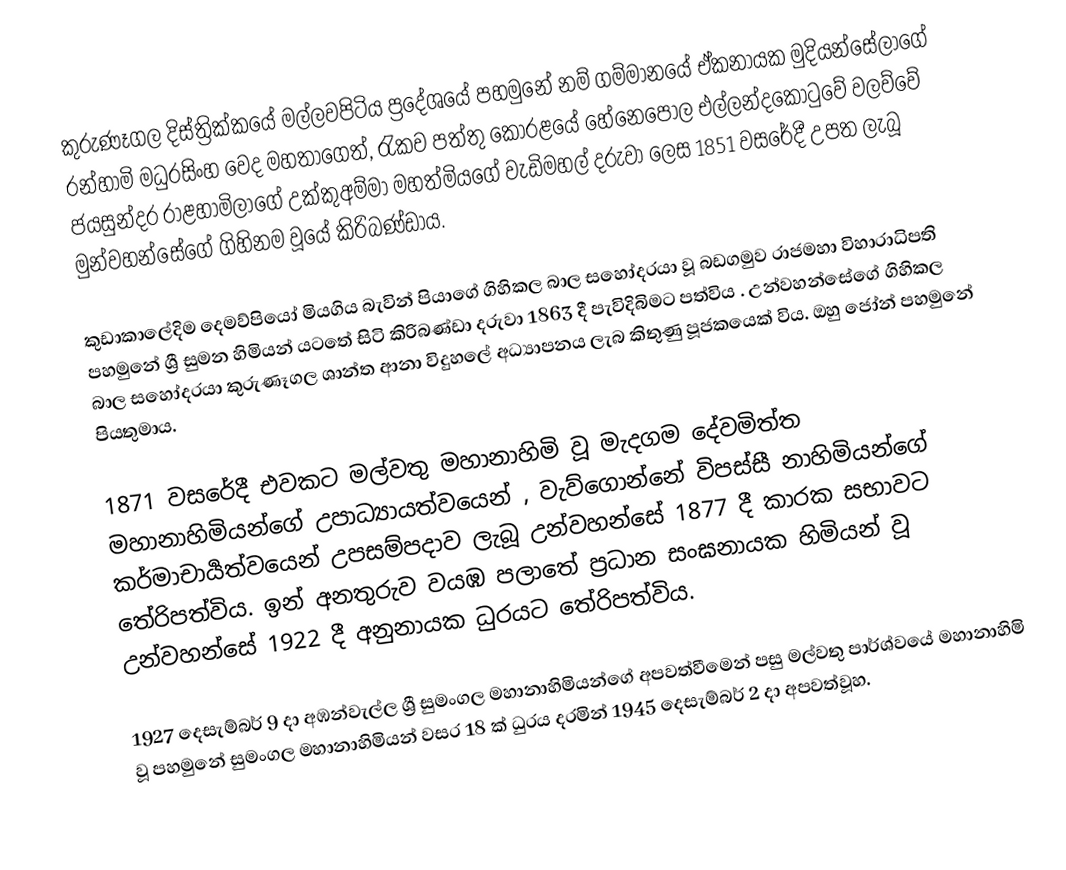
කුරුණෑගල දිස්ත්‍රික්කයේ මල්ලවපිටිය ප්‍රදේශයේ පහමුනේ නම් ගම්මානයේ ඒකනායක මුදියන්සේලාගේ රන්හාමි මධුරසිංහ වෙද මහතාගෙත්, රැකව පත්තු කෝරළයේ හේනෙපොල එල්ලන්දකොටුවේ වලව්වේ ජයසුන්දර රාළහාමිලාගේ උක්කුඅම්මා මහත්මියගේ වැඩිමහල් දරුවා ලෙස 1851 වසරේදී උපත ලැබූ මුන්වහන්සේගේ ගිහිනම වූයේ කිරිබණ්ඩාය.

කුඩාකාලේදිම දෙමව්පියෝ මියගිය බැවින් පියාගේ ගිහිකල බාල සහෝදරයා වූ බඩගමුව රාජමහා විහාරාධිපති පහමුනේ ශ්‍රී සුමන හිමියන් යටතේ සිටි කිරිබණ්ඩා දරුවා 1863 දී පැවිදිබිමට පත්විය . උන්වහන්සේගේ ගිහිකල බාල සහෝදරයා කුරුණෑගල ශාන්ත  ආනා විදුහලේ අධ්‍යාපනය ලැබ කිතුණු පූජකයෙක් විය. ඔහු ජෝන් පහමුනේ පියතුමාය.

1871 වසරේදී එවකට මල්වතු මහානාහිමි වූ මැදගම දේවමිත්ත මහානාහිමියන්ගේ උපාධ්‍යායත්වයෙන් , වැව්ගොන්නේ විපස්සී නාහිමියන්ගේ කර්මාචාර්‍යත්වයෙන් උපසම්පදාව ලැබූ උන්වහන්සේ 1877 දී කාරක සභාවට තේරිපත්විය. ඉන් අනතුරුව වයඹ පලාතේ ප්‍රධාන සංඝනායක හිමියන් වූ උන්වහන්සේ 1922 දී අනුනායක ධුරයට තේරිපත්විය.

1927 දෙසැම්බර් 9 දා අඹන්වැල්ල ශ්‍රී සුමංගල මහානාහිමියන්ගේ අපවත්වීමෙන් පසු මල්වතු පාර්ශ්වයේ මහානාහිමි වූ පහමුනේ සුමංගල මහානාහිමියන් වසර 18 ක් ධුරය දරමින් 1945 දෙසැම්බර් 2 දා අපවත්වූහ.